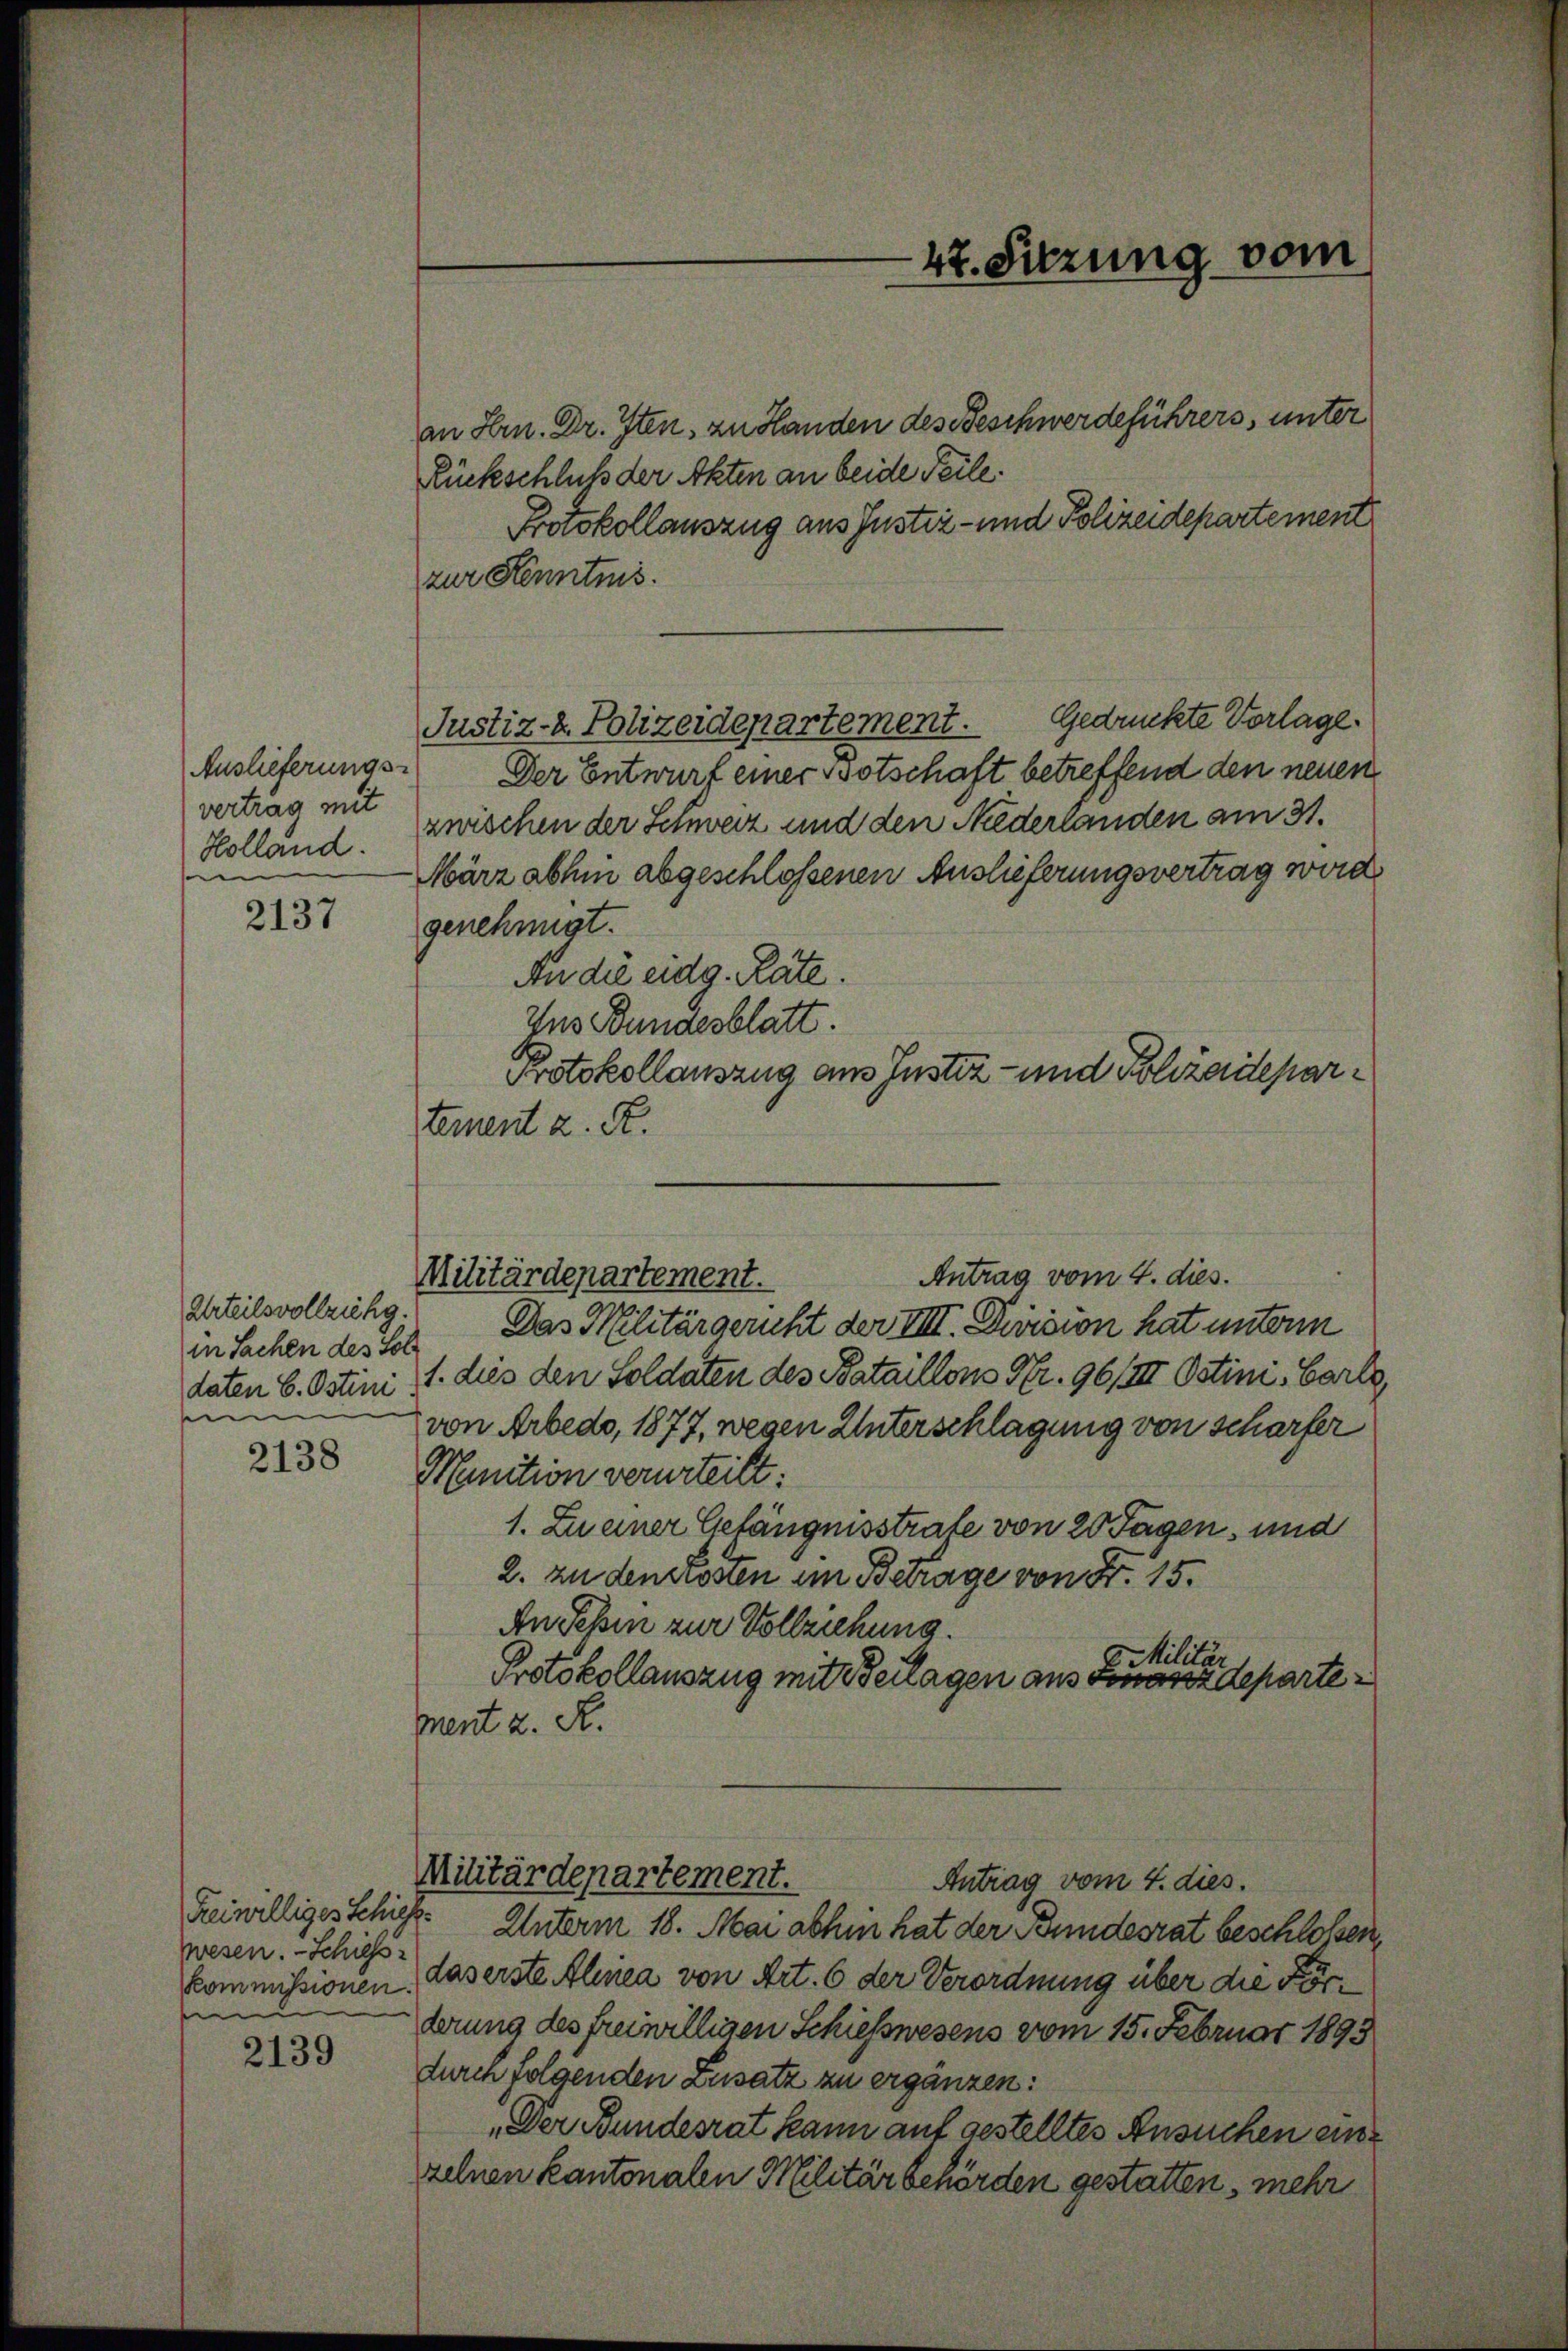
47. Sitzung vom

an Hrn. Dr. Iten, zu Handen des Beschwerdeführers, unter
Rückschluß der Akten an beide Teile.
Protokollauszug aus Justiz- und Polizeidepartement
zur Kenntnis.
Gedrückte Vorlage.
Der Entwurf einer Botschaft betreffend den neuen
zwischen der Schweiz und den Niederlanden am 31.
März abhin abgeschlossenen Auslieferungsvertrag wird.
genehmigt.
An die eidg. Rate.
Ins Bundesblatt.
Protokollauszug aus Justiz- und Bolzarteparternent z. R.
Antrag vom 4. dies.
Militärdepartement.
Das Militärgericht der VIII. Division hat unterm
1. dies den Soldaten des Bataillons Nr. 96/III. Ostini, Barte
von Arbedo, 1877, wegen Unterschlagung von scharfer
Ninition verurteilt:
1. Zu einer Gefängnisstrate von 20 Tagen, und
2. zu den Kosten im Betrage von Fr. 15.
An Tessin zur Vollziehung.
Militär
Protokollauszug mit Beilagen aus Finanzdepartement z. R.

Justiz- & Polizeidepartement.

Auslieferungs-
vertrag mit
Holland.

2137

Urteilsvollziehg.
in Sachen des Sol
daten 6. Ostini
n

2138

Militärdepartement.
Antrag vom 4. dies.

Freiwilliges Schiff.
wesen. - Schiess-
Kommissionen.
e

Unterm 18. Mai abhin hat der Bundesrat beschlossen,
daserste Alinea von Art. 6 der Verordnung über die Forderung des freiwilligen Schießwesens vom 15. Februar 1893
durch folgenden Zusatz zu erganzen:
„Der Bundesrat kann auf gestelltes Ansuchen einzelnen Kantonalen Militär behörden gestatten, mehr

2139